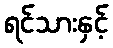
ရင်သားနှင့်